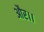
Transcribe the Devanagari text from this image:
और।।